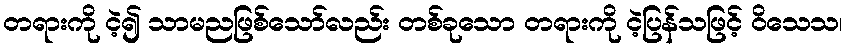
တရားကို ငဲ့၍ သာမညဖြစ်သော်လည်း တစ်ခုသော တရားကို ငဲ့ပြန်သဖြင့် ဝိသေသ၊